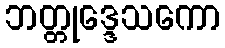
ဘတ္တုဒ္ဒေသကော